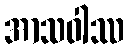
အာသဝါဿ